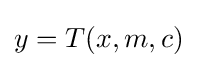
y=T(x,m,c)